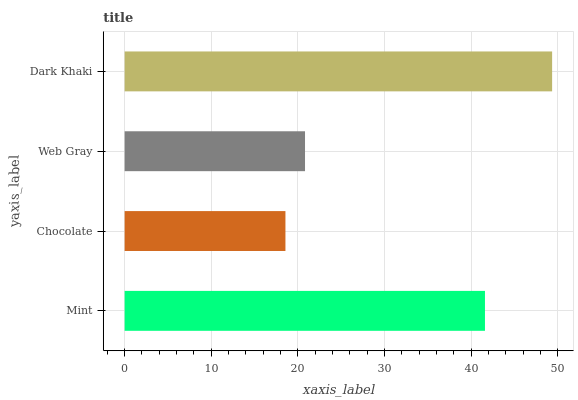
| yaxis_label | bars |
 | --- | --- |
 | Mint | 41.6 |
 | Chocolate | 18.6 |
 | Web Gray | 20.8 |
 | Dark Khaki | 49.3 |